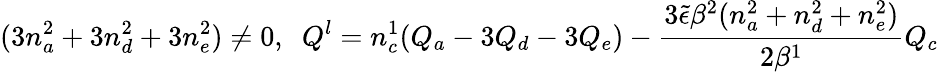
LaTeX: (3n_{a}^{2}+3n_{d}^{2}+3n_{e}^{2})\neq 0,\; \ Q^{l}=n_{c}^{1}(Q_{a}-3Q_{d}-3Q_{e})-\frac{3{\tilde{\epsilon}}\beta^{2}(n_{a}^{2}+n_{d}^{2}+n_{e}^{2})}{2\beta^{1}}Q_{c}